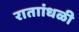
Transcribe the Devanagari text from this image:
राताांधळी